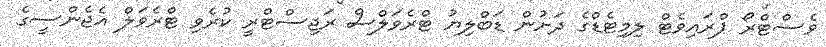
ވެސްޓްރޯ ޕްރައިވެޓް ލިމިޓެޑްގެ ދަށުން ޑަބްލިޔު ޓްރެވަލްސް ރަޖިސްޓްރީ ކުރެވި ޓްރެވަލް އެޖެންސީގެ